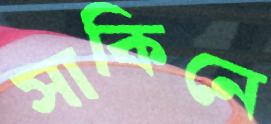
সাকিনে